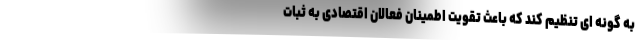
به گونه ای تنظیم کند که باعث تقویت اطمینان فعالان اقتصادی به ثبات